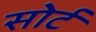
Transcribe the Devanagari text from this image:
सोर्ट